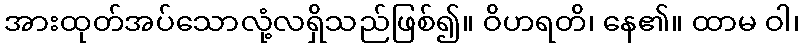
အားထုတ်အပ်သောလုံ့လရှိသည်ဖြစ်၍။ ဝိဟရတိ၊ နေ၏။ ထာမ ဝါ၊